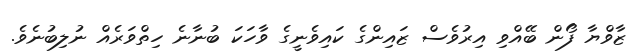
ޒާވްޔާ ފޯން ބޭއްވި އިރުވެސް ޒައިންގެ ކައިވެނީގެ ވާހަކަ ބުނާނެ ހިތްވަރެއް ނުލިބުނެވެ.